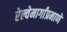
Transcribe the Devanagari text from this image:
रेल्वेमार्गांप्रमाणे